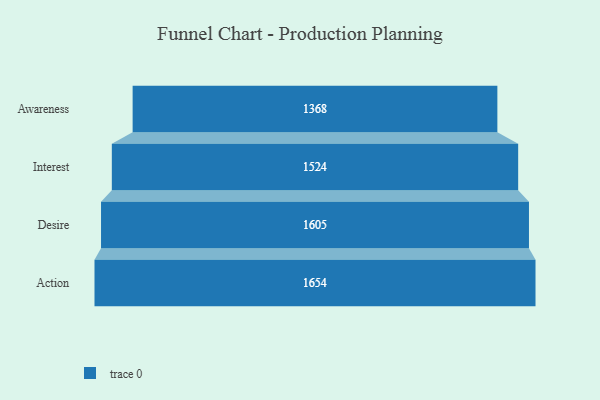
{"axis": {"x": "Stage", "y": "Value"}, "legend": [""], "data": [{"x": "Awareness", "y": 1368.0, "type": ""}, {"x": "Interest", "y": 1524.0, "type": ""}, {"x": "Desire", "y": 1605.0, "type": ""}, {"x": "Action", "y": 1654.0, "type": ""}]}